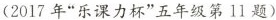
(2017年”乐课力杯”五年级第11题)